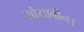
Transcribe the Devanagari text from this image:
सोयाबीन।